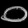
Digit: ၀